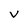
Character: V